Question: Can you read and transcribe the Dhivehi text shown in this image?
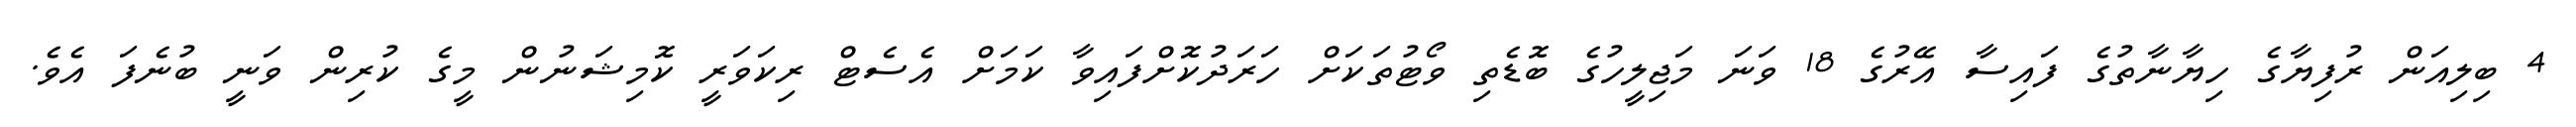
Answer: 4 ބިލިއަން ރުފިޔާގެ ހިޔާނާތުގެ ފައިސާ އޭރުގެ 18 ވަނަ މަޖިލީހުގެ ބޮޑެތި ވޯޓުތަކަށް ހަރަދުކޮށްފައިވާ ކަމަށް އެސެޓް ރިކަވަރީ ކޮމިޝަނުން މީގެ ކުރިން ވަނީ ބުނެފަ އެވެ.